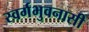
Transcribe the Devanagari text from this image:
स्वर्गभुवनासी